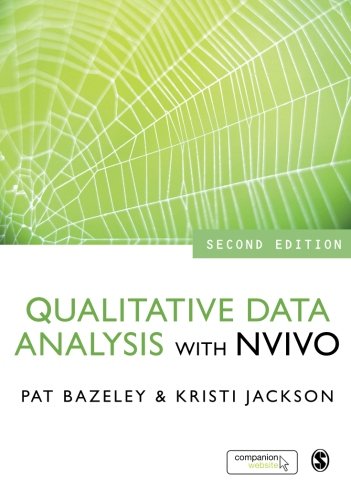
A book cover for Qualitative Data Analysis with NVivo; Politics & Social Sciences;